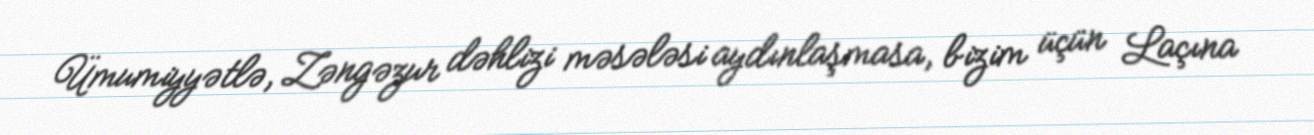
Ümumiyyətlə, Zəngəzur dəhlizi məsələsi aydınlaşmasa, bizim üçün Laçına